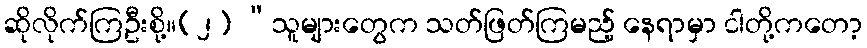
ဆိုလိုက်ကြဦးစို့။(၂) “သူများတွေက သတ်ဖြတ်ကြမည့် နေရာမှာ ငါတို့ကတော့